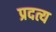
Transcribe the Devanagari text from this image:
प्रदत्य